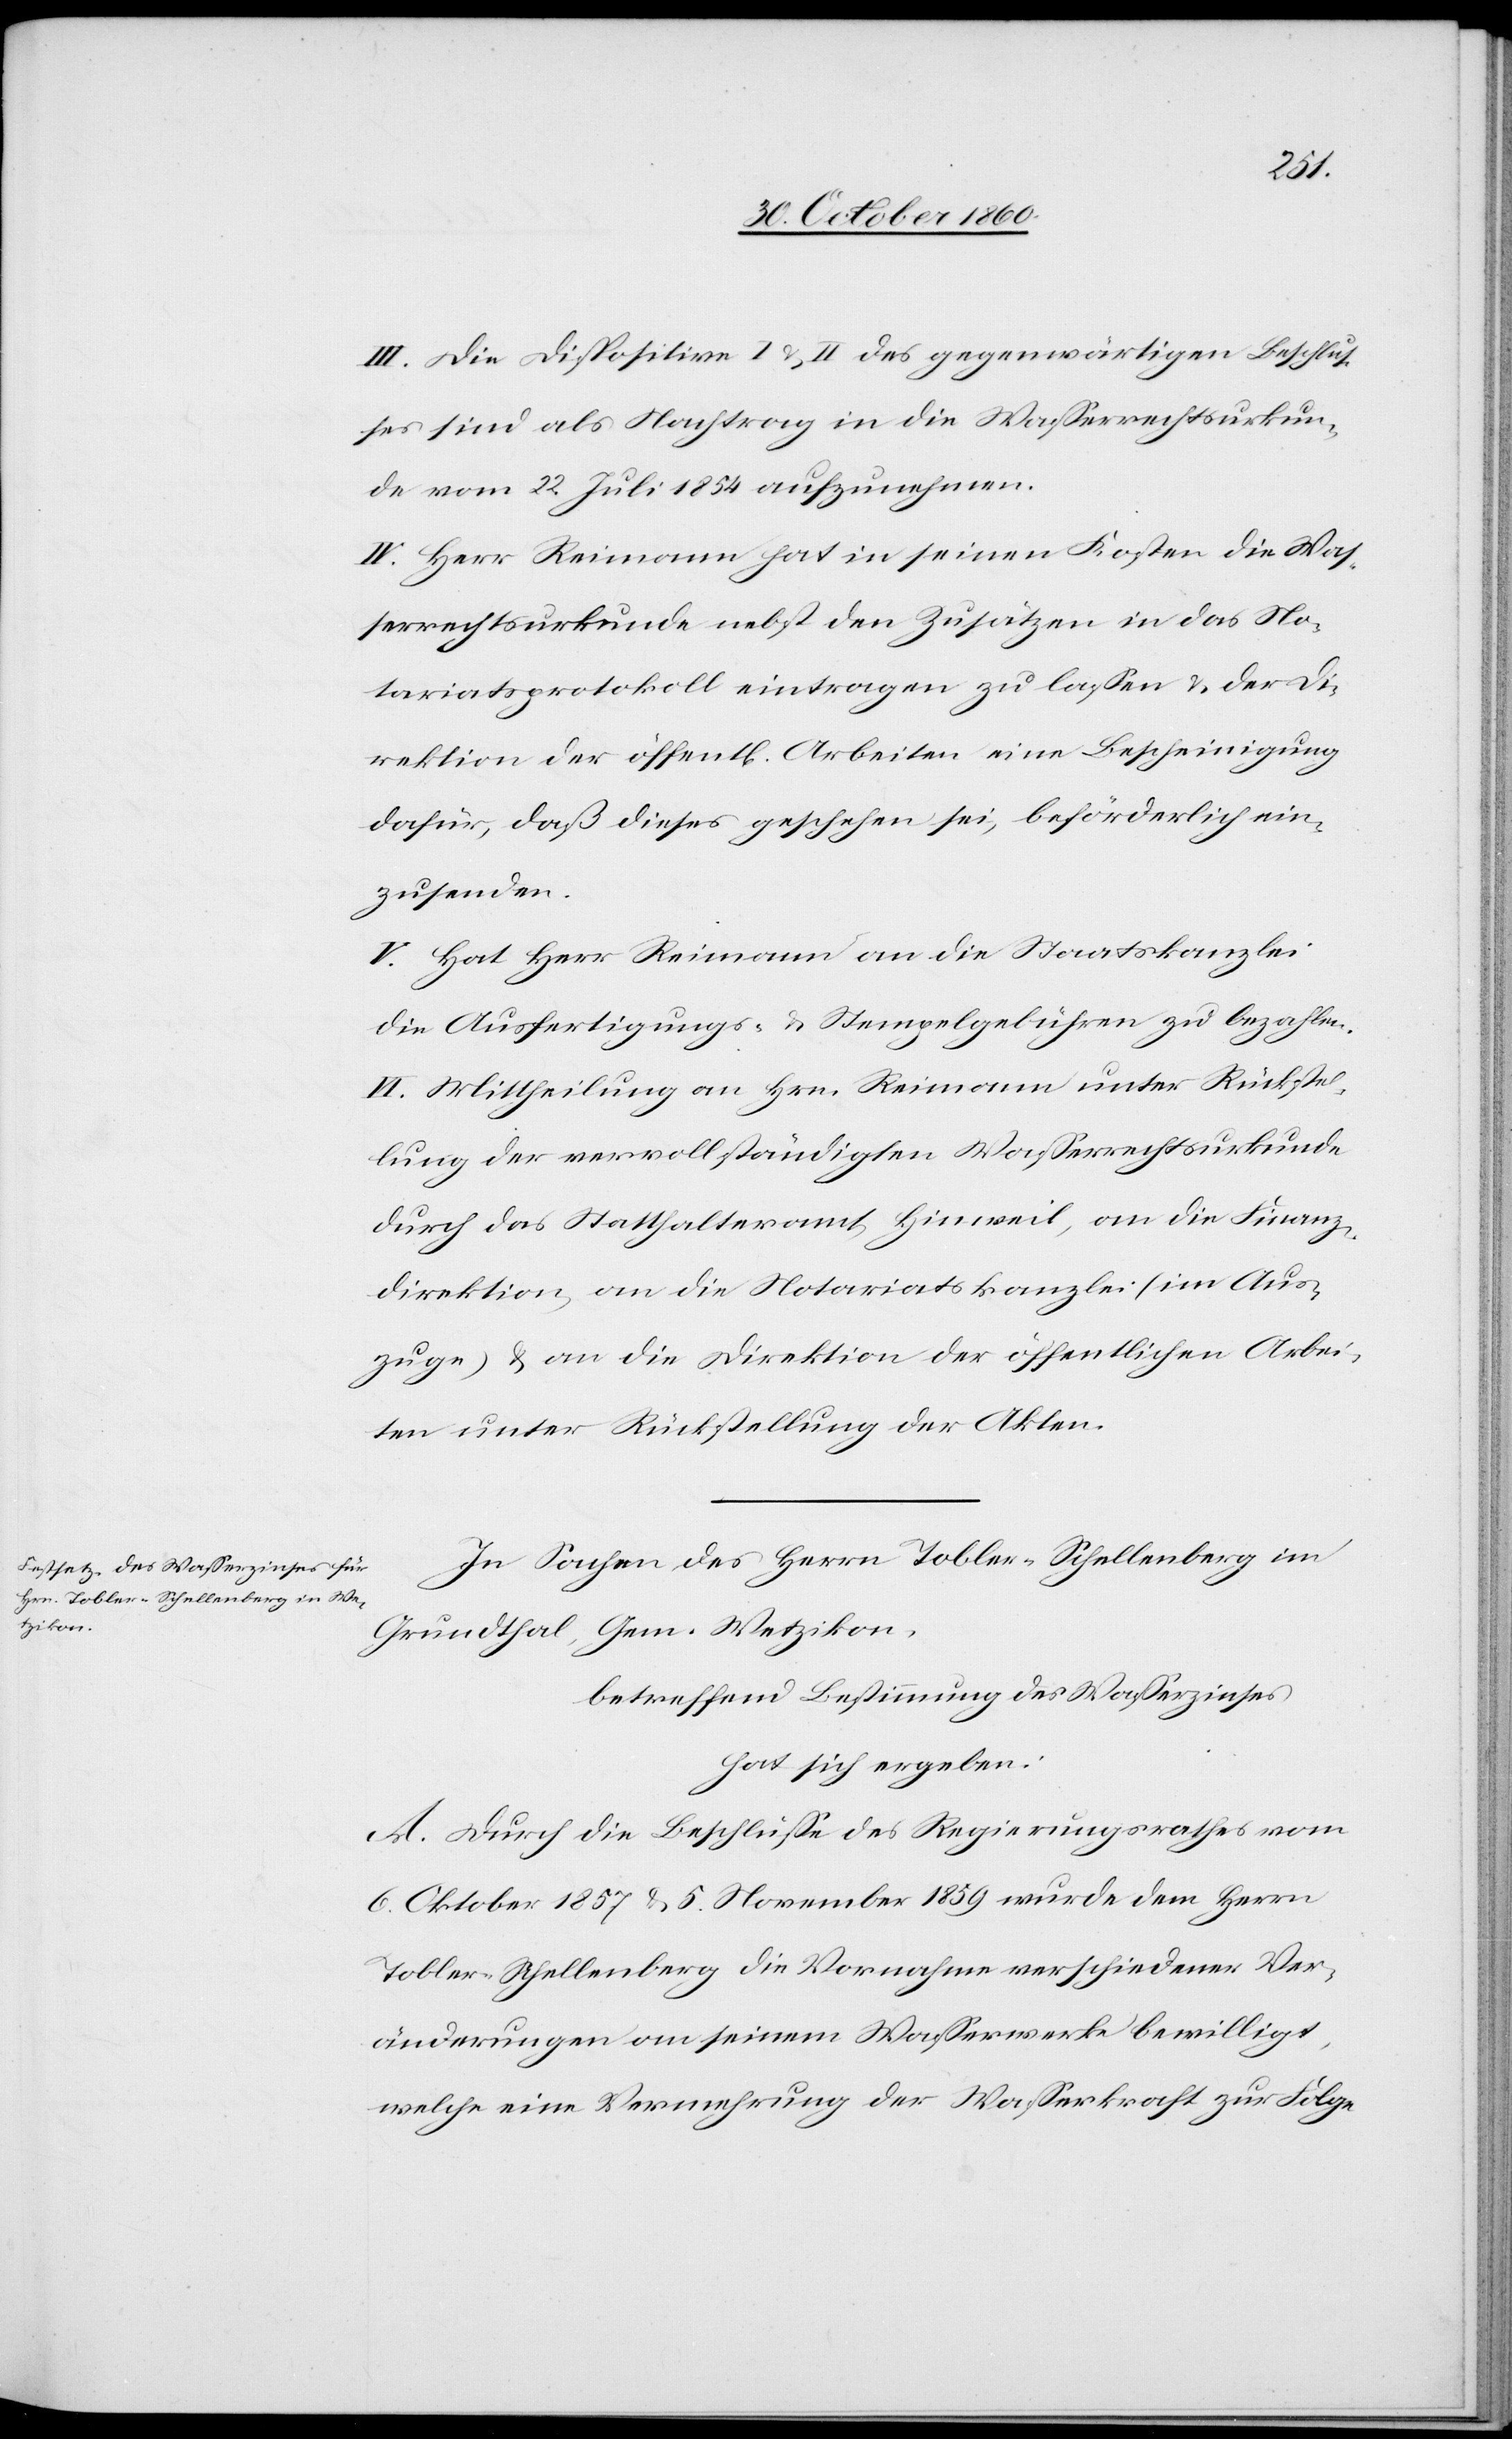
III. Die Dispositive I u. II des gegenwärtigen Beschlus¬
se sind als Nachtrag in die Wasserrechtsurkun¬
de vom 22. Juli 1854 aufzunehmen.
IV. Herr Reimann hat in seinen Kosten die Was¬
serrechtsurkunde nebst den Zusätzen in das No¬
tariatsprotokoll eintragen zu lassen u. der Di¬
rektion der öffent[lichen] Arbeiten eine Bescheinigung
dafür, daß dieses geschehen sei, beförderlich ein¬
zusenden.
V. Hat Herr Reimann an die Staatskanzlei
die Ausfertigungs- u. Stempelgebühren zu bezahlen.
VI. Mittheilung an Hrn. Reimann unter Rückstel¬
lung der vervollständigten Wasserrechtsurkunde
durch das Statthalteramt Hinweil, an die Finanz¬
direktion, an die Notariatskanzlei (im Aus¬
zuge) u. an die Direktion der öffentlichen Arbei¬
ten unter Rückstellung der Akten.
In Sachen des Herrn Tobler-Schellenberg im
Grundthal, Gem. Wetzikon,
betreffend Bestimmung des Wasserzinses
hat sich ergeben:
A. Durch die Beschlüsse des Regierungsrathes vom
6. Oktober 1857 u. 5. November 1859 wurde dem Herrn
Tobler-Schellenberg die Vornahme verschiedener Ver¬
änderungen an seinem Wasserwerk bewilligt,
welche eine Vermehrung der Wasserkraft zur Folge